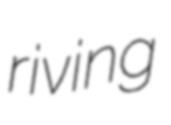
riving